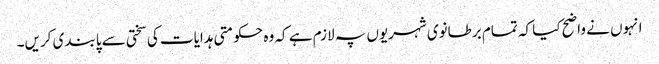
انہوں نے واضح کیا کہ تمام برطانوی شہریوں پہ لازم ہے کہ وہ حکومتی ہدایات کی سختی سے پابندی کریں۔